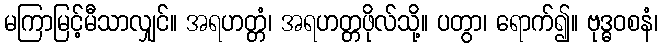
မကြာမြင့်မီသာလျှင်။ အရဟတ္တံ၊ အရဟတ္တဖိုလ်သို့။ ပတွာ၊ ရောက်၍။ ဗုဒ္ဓဝစနံ၊